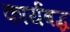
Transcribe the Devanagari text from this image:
कार्यबद्ध